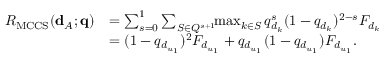
\begin{array} { r l } { R _ { \mathrm { M C C S } } ( { \bf d } _ { \cal A } ; { \bf q } ) } & { = \sum _ { s = 0 } ^ { 1 } \sum _ { { \cal S } \in { \cal Q } ^ { s + 1 } } \! \! \operatorname* { m a x } _ { k \in { \cal S } } q _ { d _ { k } } ^ { s } ( 1 - q _ { d _ { k } } ) ^ { 2 - s } F _ { d _ { k } } } \\ & { = ( 1 - q _ { d _ { u _ { 1 } } } ) ^ { 2 } F _ { d _ { u _ { 1 } } } + q _ { d _ { u _ { 1 } } } ( 1 - q _ { d _ { u _ { 1 } } } ) F _ { d _ { u _ { 1 } } } . } \end{array}